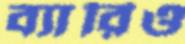
ব্যারিও